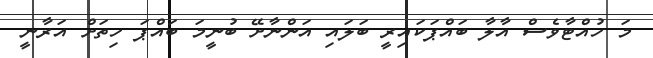
މަ ހުއްޓާވެސް އާލާ ބައްޕަކައިރީ ބަލައި އަންނާށޭ ބުނީމަ ބައްޕަ ހިތަށް އަރާނީ